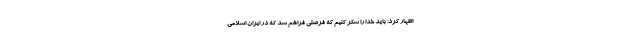
اظهار کرد: باید خدا را شکر کنیم که فرصتی فراهم شد که در ایران اسلامی